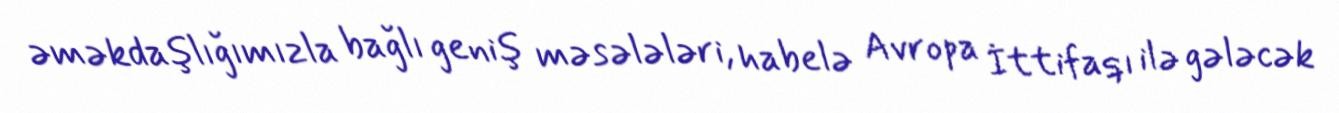
əməkdaşlığımızla bağlı geniş məsələləri, habelə Avropa İttifaqı ilə gələcək